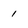
Character: 1